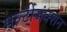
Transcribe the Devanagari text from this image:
मल्टीजंक्शन